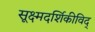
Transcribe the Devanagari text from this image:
सूक्ष्मदर्शिकीविद्